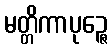
မတ္တိကာပုဉ္ဇေ